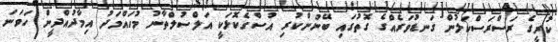
ކުރީގެ ރަސްރަސްކަލުން ގަނޑުވަރެއްގެ ގޮތުގައި ބޭނުންކުރި އުސްގެކޮޅަކީ އަލްސުލްތާނު މުހައްމަދު އިމާދުއްދީން ހަވަނަ